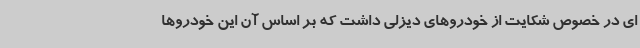
ای در خصوص شکایت از خودروهای دیزلی داشت که بر اساس آن این خودروها